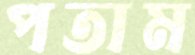
পতাম